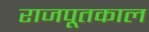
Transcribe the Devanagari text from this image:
राजपूतकाल